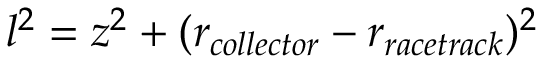
l ^ { 2 } = z ^ { 2 } + ( r _ { c o l l e c t o r } - r _ { r a c e t r a c k } ) ^ { 2 }